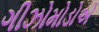
ગીઝોમોડોએ